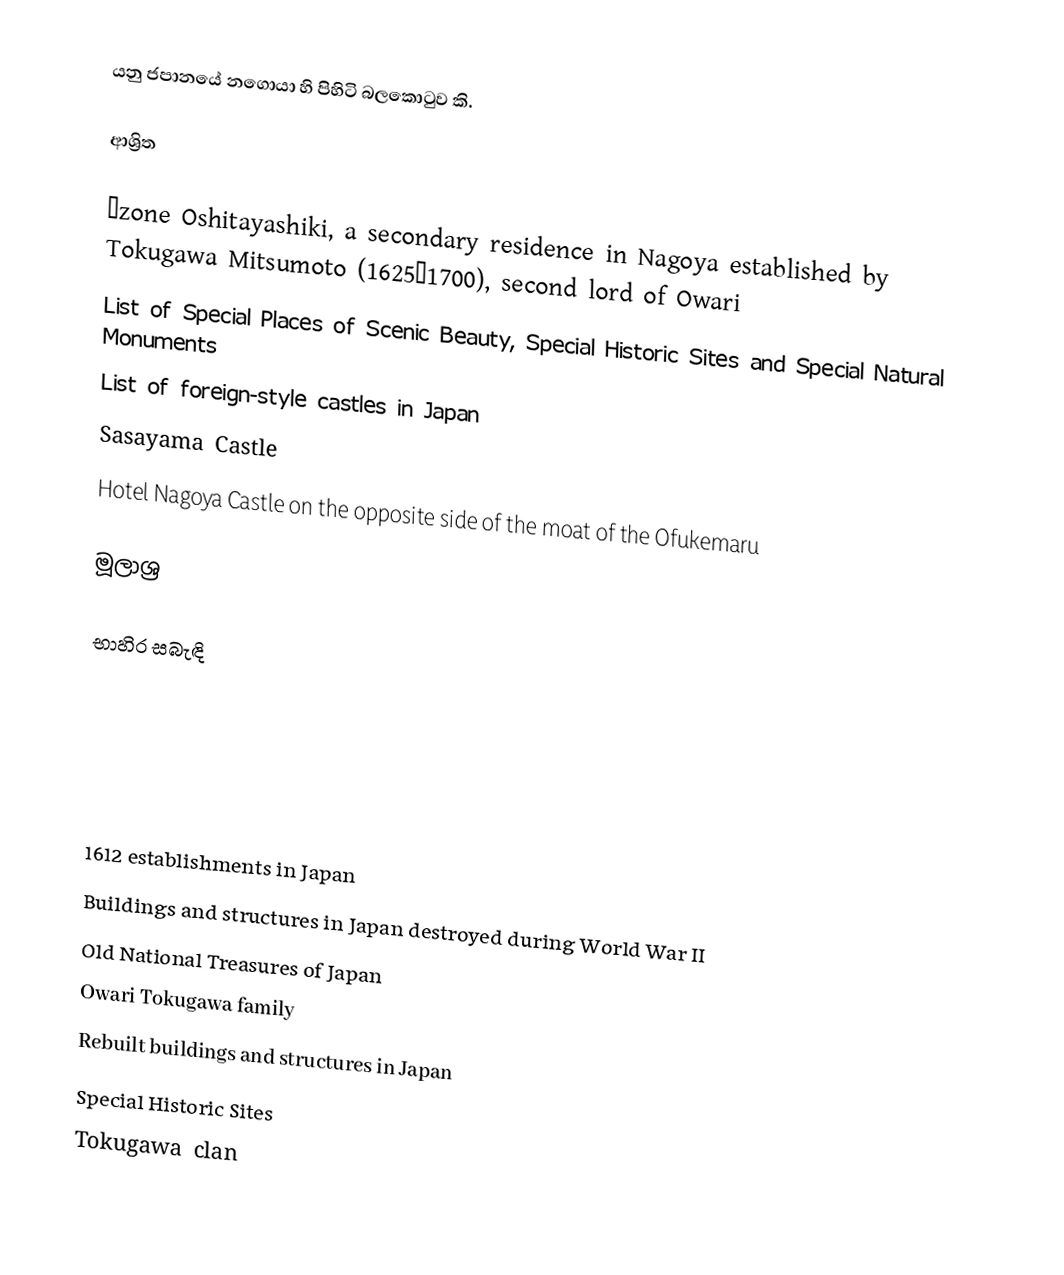
යනු ජපානයේ නගොයා හි පිහිටි බලකොටුව කි.

ආශ්‍රිත

 Ōzone Oshitayashiki, a secondary residence in Nagoya established by Tokugawa Mitsumoto (1625–1700), second lord of Owari
 List of Special Places of Scenic Beauty, Special Historic Sites and Special Natural Monuments
 List of foreign-style castles in Japan
 Sasayama Castle
 Hotel Nagoya Castle on the opposite side of the moat of the Ofukemaru

මූලාශ්‍ර

භාහිර සබැඳි

1612 establishments in Japan
Buildings and structures in Japan destroyed during World War II
Old National Treasures of Japan
Owari Tokugawa family
Rebuilt buildings and structures in Japan
Special Historic Sites
Tokugawa clan